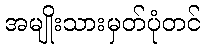
အမျိုးသားမှတ်ပုံတင်